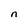
Character: n